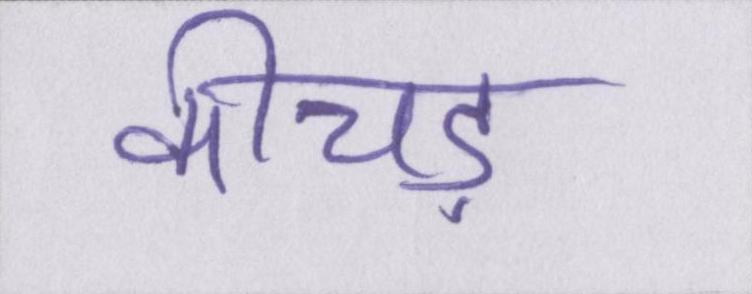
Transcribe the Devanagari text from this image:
कीचड़